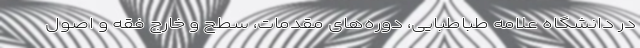
در دانشگاه علامه طباطبایی، دوره‌های مقدمات، سطح و خارج فقه و اصول